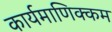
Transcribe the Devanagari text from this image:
कार्यमाणिक्कम